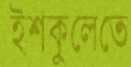
ইশকুলেতে